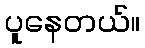
ပူနေတယ်။